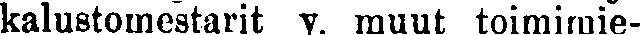
kalustomestarit v. muut toimimie-